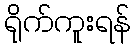
ရိုက်ကူးရန်